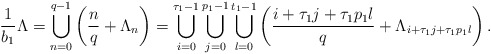
\begin{align*}\frac{1}{b_{1}} \Lambda=\bigcup_{n=0}^{q-1}\left(\frac{n}{q}+ \Lambda_{n}\right)=\bigcup_{i=0}^{\tau_{1}-1} \bigcup_{j=0}^{p_{1}-1} \bigcup_{l=0}^{t_{1}-1}\left(\frac{i+\tau_{1}j+\tau_{1} p_{1}l}{q}+\Lambda_{i+\tau_{1} j+\tau_{1} p_{1}l}\right).\end{align*}